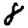
Digit: 8